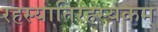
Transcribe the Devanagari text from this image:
रहस्यातिरहस्यकम्